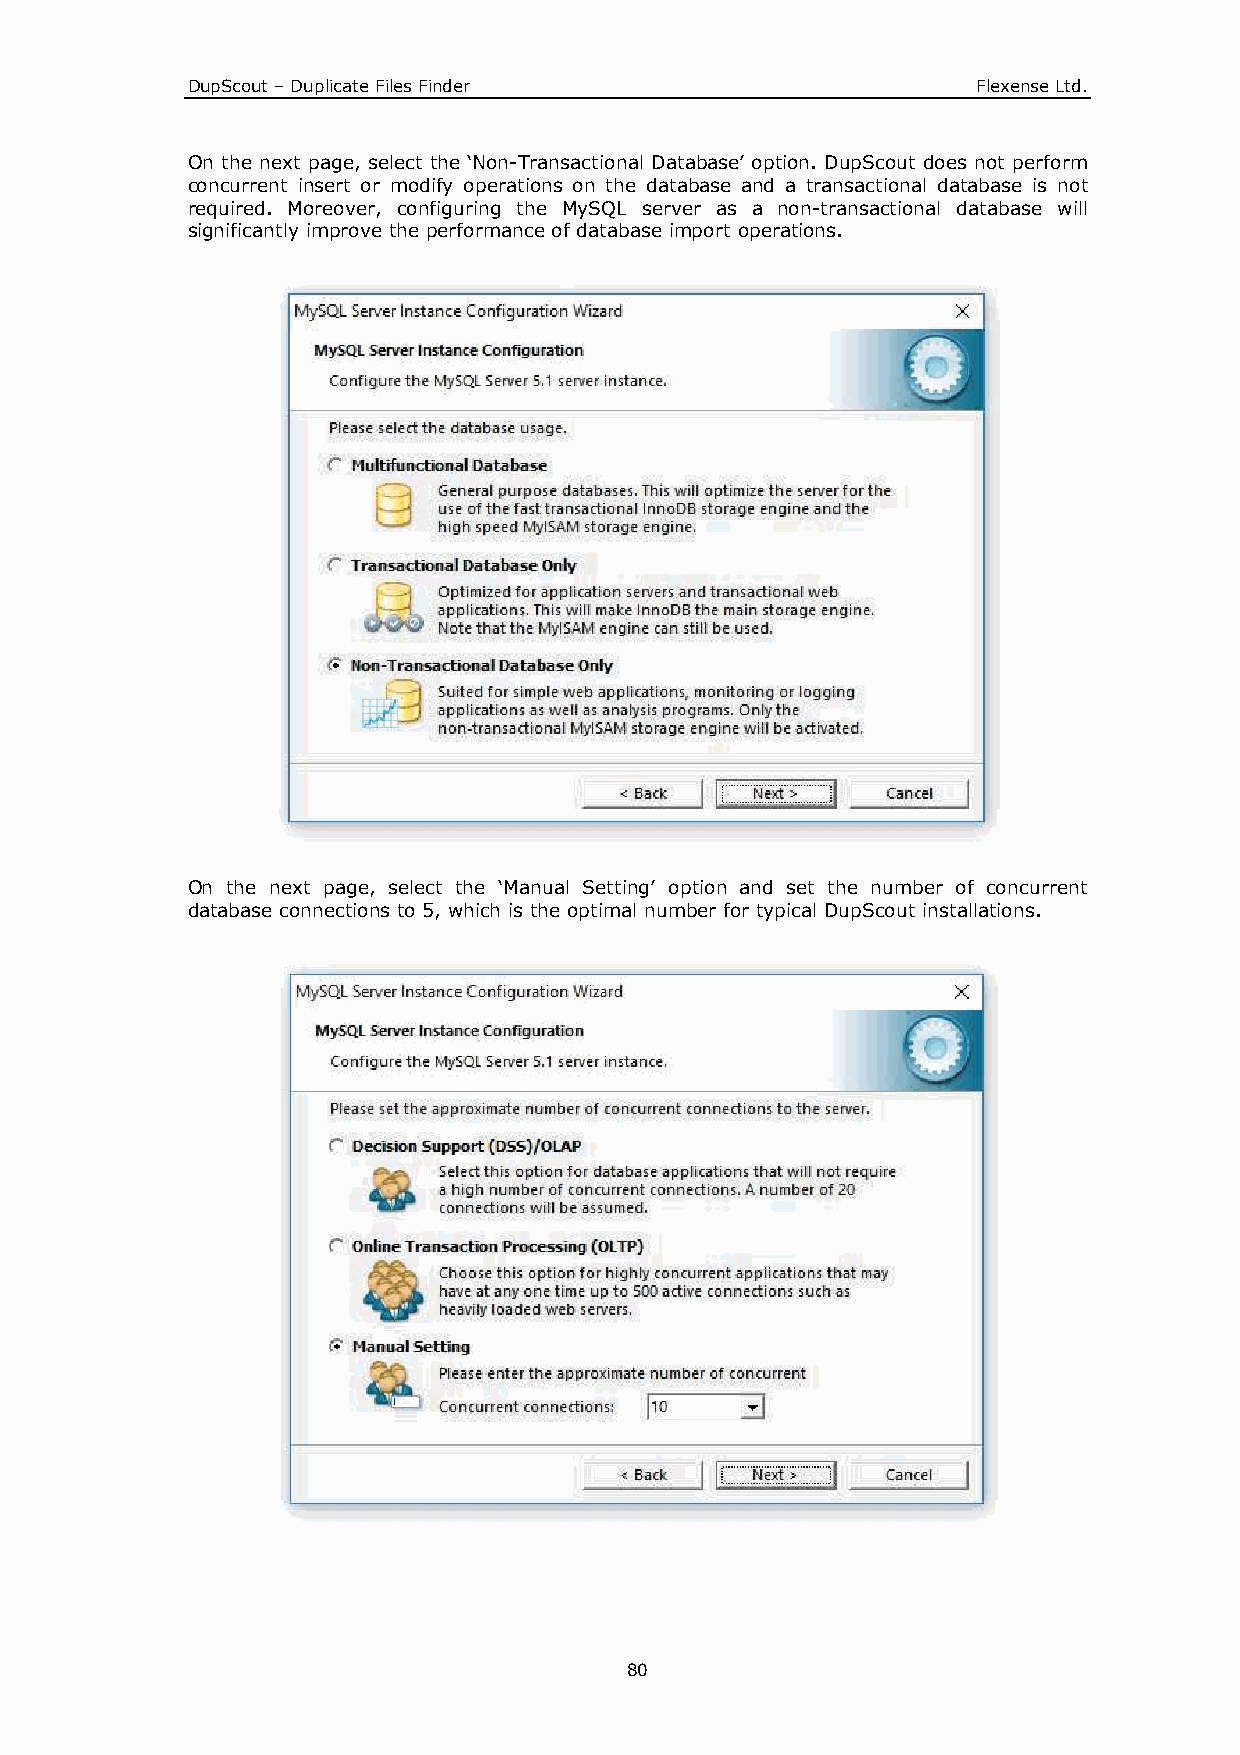
DupScout – Duplicate Files Finder                    Flexense Ltd.
 On the next page, select the ‘Non-Transactional Database’ option. DupScout does not perform
 concurrent insert or modify operations on the database and a transactional database is not
 required. Moreover, configuring the MySQL server as a non-transactional database will
 significantly improve the performance of database import operations.
 On the next page, select the ‘Manual Setting’ option and set the number of concurrent
 database connections to 5, which is the optimal number for typical DupScout installations.
 80